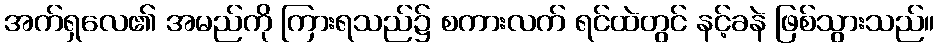
အက်ရှလေ၏ အမည်ကို ကြားရသည်၌ စကားလက် ရင်ထဲတွင် နင့်ခနဲ ဖြစ်သွားသည်။